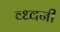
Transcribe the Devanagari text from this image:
व्ध्वनी